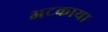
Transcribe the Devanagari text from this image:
अटकाया